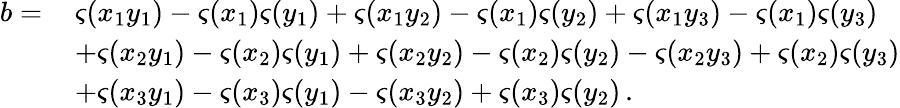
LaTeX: \begin{array}{rl}{b=\, }&{\varsigma(x_{1}y_{1})-\varsigma(x_{1})\varsigma(y_{1})+\varsigma(x_{1}y_{2})-\varsigma(x_{1})\varsigma(y_{2})+\varsigma(x_{1}y_{3})-\varsigma(x_{1})\varsigma(y_{3})}\\ &{+\varsigma(x_{2}y_{1})-\varsigma(x_{2})\varsigma(y_{1})+\varsigma(x_{2}y_{2})-\varsigma(x_{2})\varsigma(y_{2})-\varsigma(x_{2}y_{3})+\varsigma(x_{2})\varsigma(y_{3})}\\ &{+\varsigma(x_{3}y_{1})-\varsigma(x_{3})\varsigma(y_{1})-\varsigma(x_{3}y_{2})+\varsigma(x_{3})\varsigma(y_{2})\, .}\end{array}